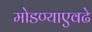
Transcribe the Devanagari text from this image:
मोडण्याएवढे